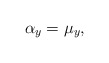
\begin{align*}\alpha_y=\mu_y,\end{align*}